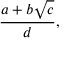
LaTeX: { \frac { a + b { \sqrt { c } } } { d } } ,